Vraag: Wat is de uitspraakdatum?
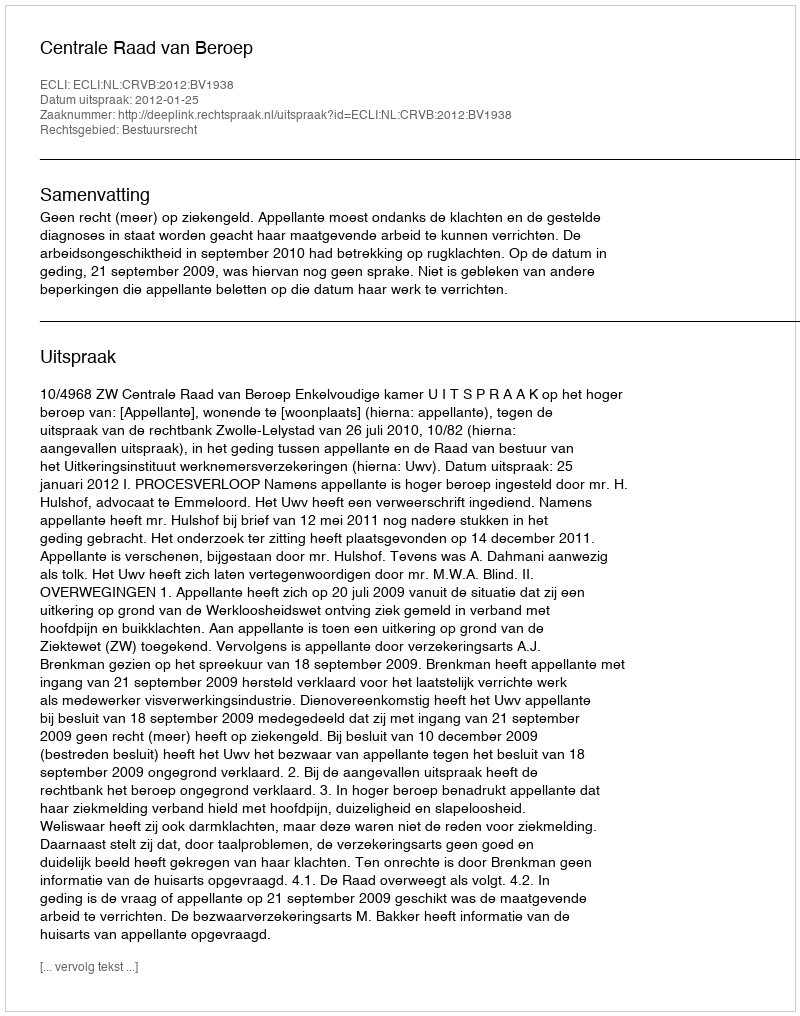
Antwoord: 2012-01-25